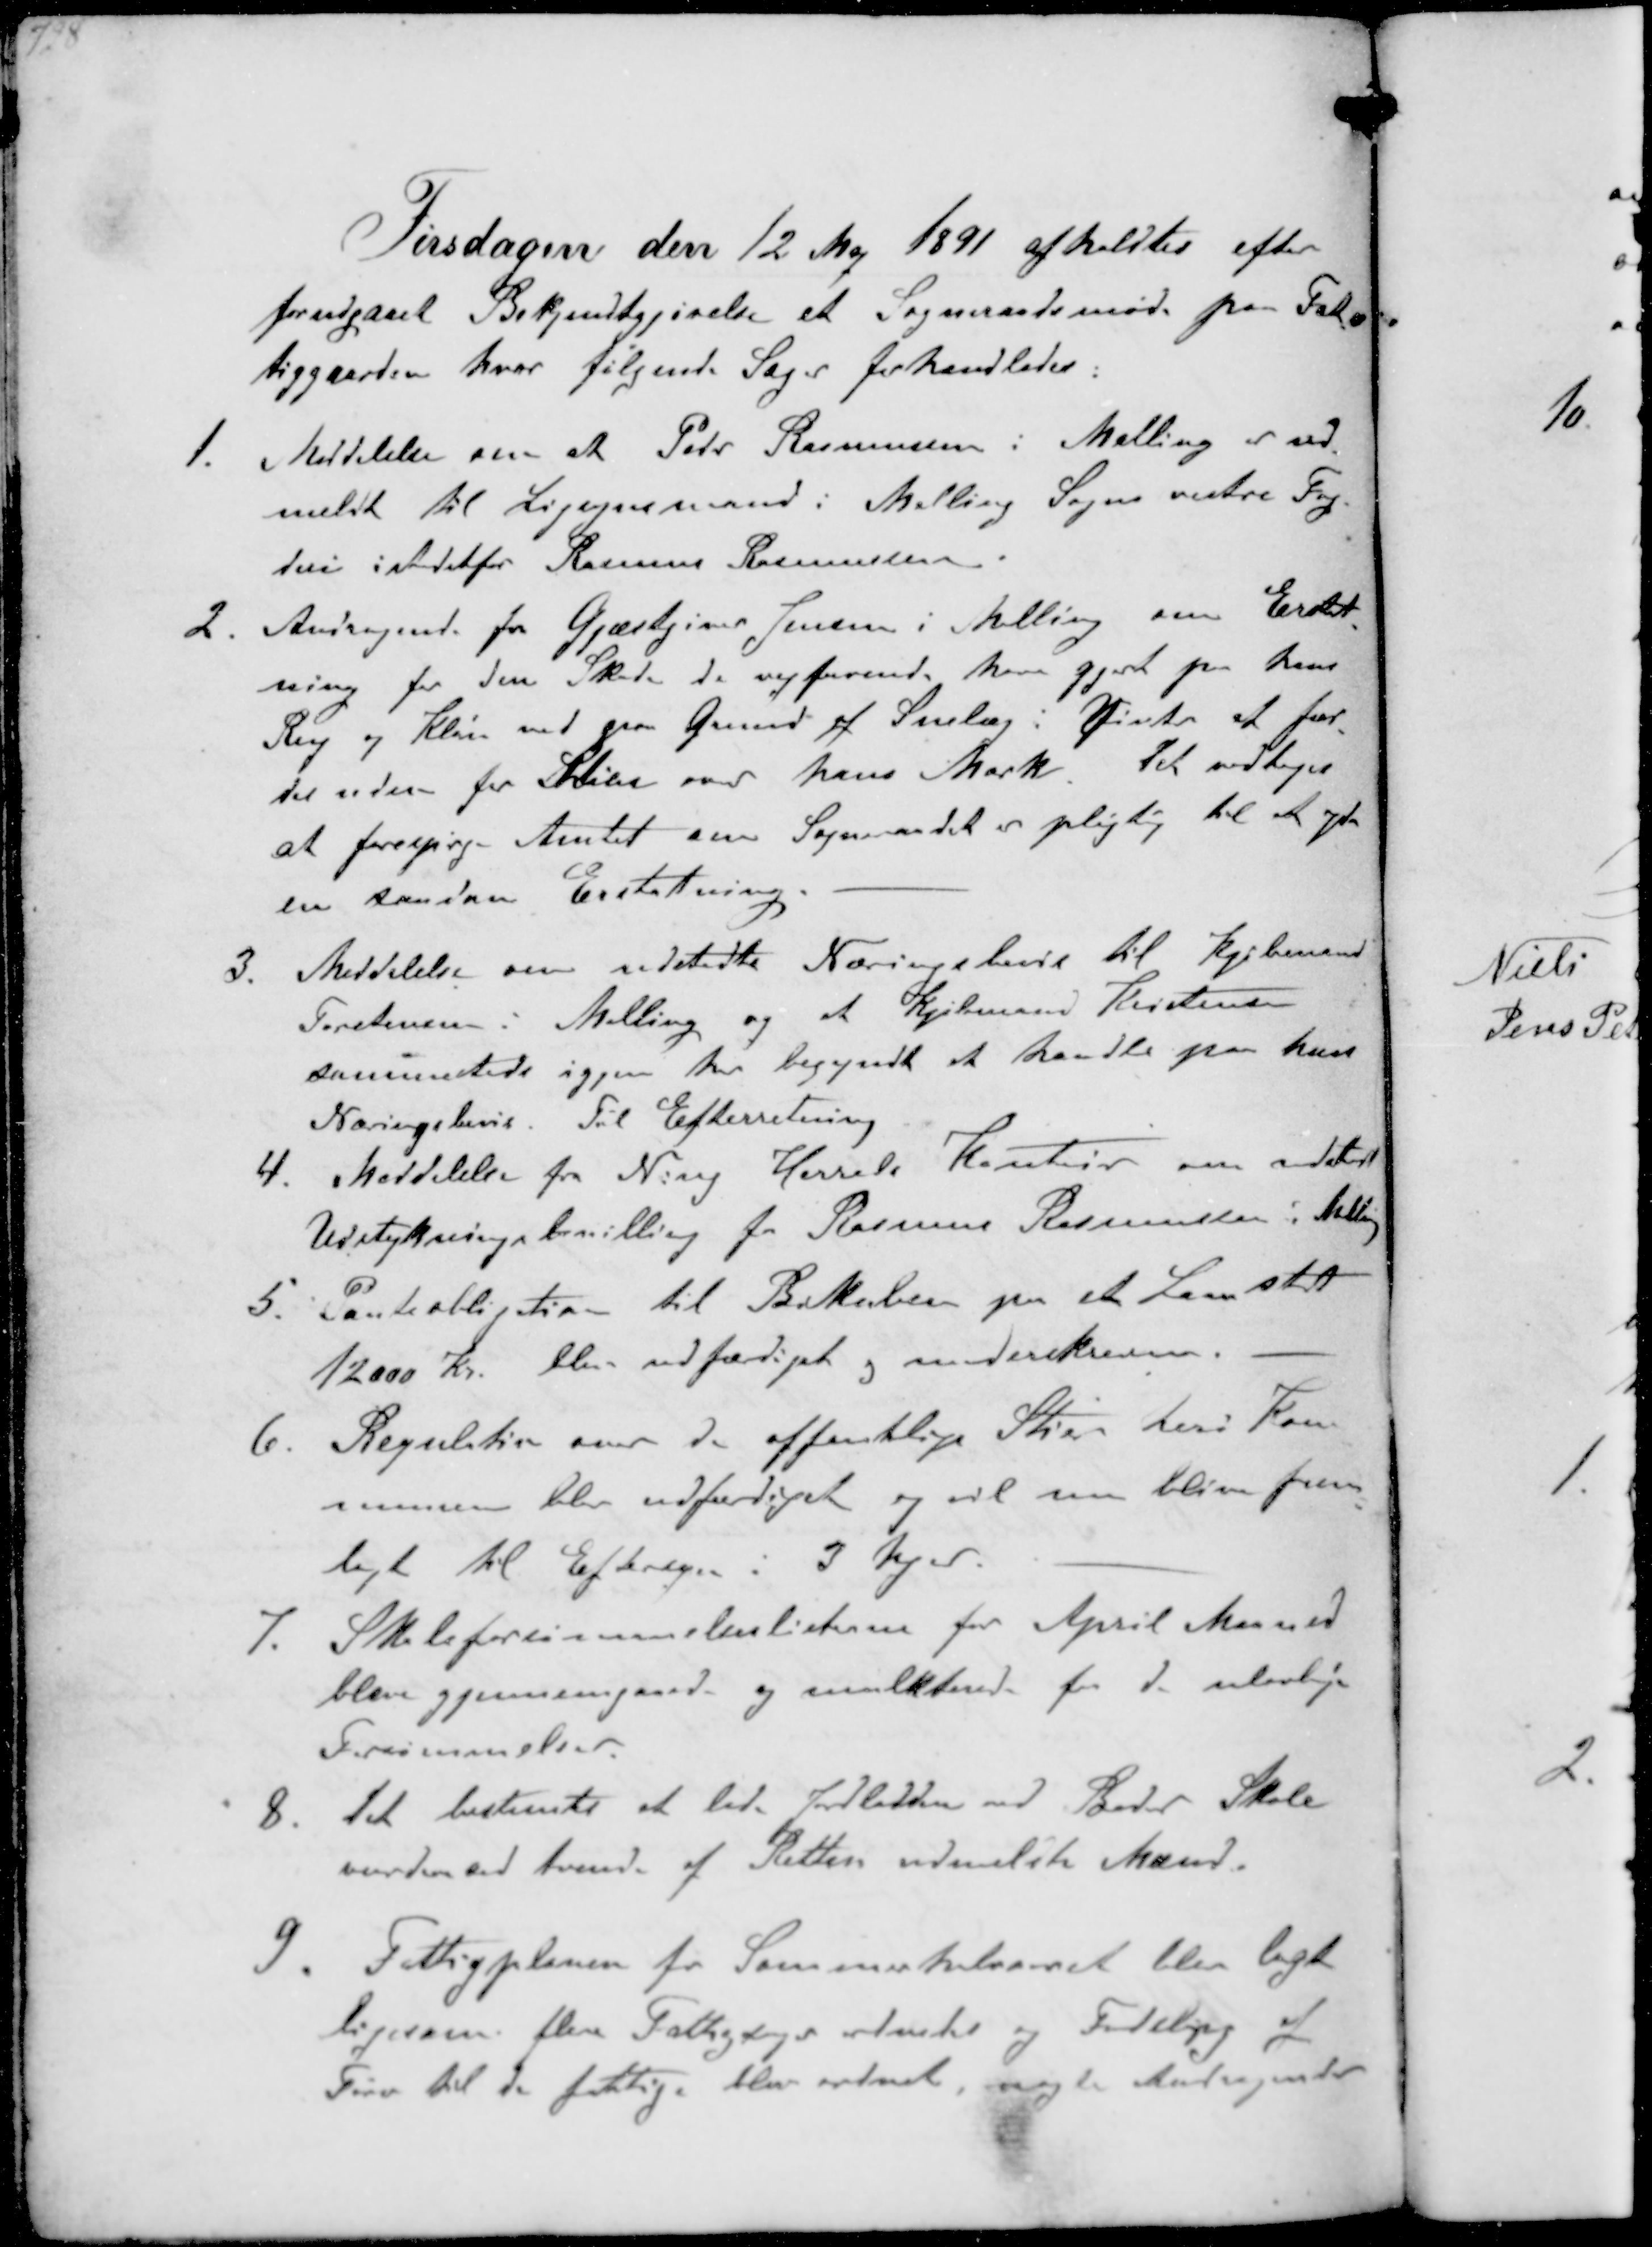
Transskription:
Tirsdagen den 12 Maj 1891 afholdtes efter
forudgaaet Bekjentgjørelse et Sogneraadsmøde paa Fat-
tiggaarden hvor følgende Sager forhandledes.
1. Meddelelse om at Peter Rasmussen i Malling er ud-
meldt til Ligsynsmand i Malling Sogns vestre Fog-
deri istedetfor Rasmus Rasmussen
2. Andragende fra Gjæstgiver Jensen i Malling om Erstat-
ning for den Skade de vejfarende have gjort paa hans
Rug og Kløver ved paa Grund af Snelag i Vinter at fær-
des uden tor Stien over hans Mark Det vedtoges
at forespørge Amtet om Sogneraadet er pligtig til et yde
en saadan Erstatning.
3. Meddelelse om udstedte Næringsbevis til Kjøbmand
Torstensen i Malling og at Kjøbmand Kristensen
sammesteds igen har begyndt et handle paa hans
Næringsbevis. Til Efterretning
4. Meddelelse fra Ning Herreds Kontor om udstedt
Udstykningbevilling for Rasmus Rasmussen i Malling
5. Panteobligation til Bikuben paa et Laan stort
12000 Kr. blev udfærdiget og underskreven.
6. Regulativ over de offentlige Stier heri Kom-
munen blev udfærdiget og vil nu blive frem-
lagt til Eftersyn i 3 Uger
7. Skoleforsømmelseslisterne for April Maaned
bleve gjennemgaaede og mulkterede for de ulovlige
Forsømmelser
8. Det bestemte et lade Jordlodden ved Beder Skole
vurdere ved tvende af Retten udmeldte Mænd.
9. Fattigplanen for Sommerhalvaaret blev lagt
ligesom. blere Fattigsager ordnedes og Tildeling af
Tørv til de fattige blev ordnet, nogle Andragender